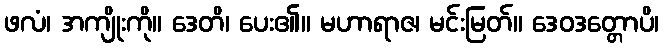
ဖလံ၊ အကျိုးကို။ ဒေတိ၊ ပေး၏။ မဟာရာဇ၊ မင်းမြတ်။ ဒေဝဒတ္တောပိ၊